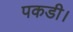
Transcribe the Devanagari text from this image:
पकडी।